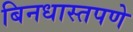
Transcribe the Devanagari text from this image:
बिनधास्तपणे